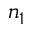
n _ { 1 }